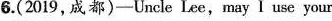
6.(2019,成都)-Uncle Lee,may I use your